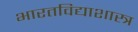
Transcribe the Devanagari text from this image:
भारतविद्याशास्त्र